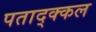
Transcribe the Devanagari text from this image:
पताद्क्कल